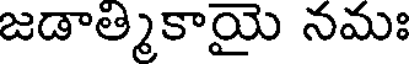
జడాత్మికాయై నమః